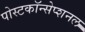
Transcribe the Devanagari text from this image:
पोस्टकॉन्सेप्शनल